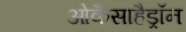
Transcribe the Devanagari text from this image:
ओकैसाहैड्रॉन